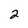
Character: 2